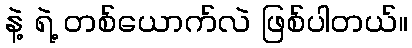
နဲ့ ရဲ့ တစ်ယောက်လဲ ဖြစ်ပါတယ်။